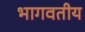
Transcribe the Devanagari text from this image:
भागवतीय